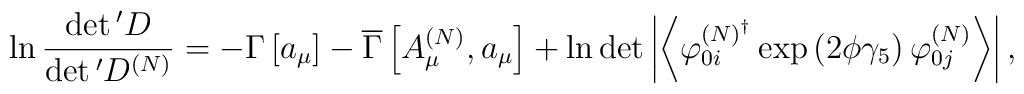
\ln \frac{\det {}^{\prime }D}{\det {}^{\prime }D^{\left(N\right) }}=-\Gamma \left[ a_\mu \right] -\overline{\Gamma }\left[ A_\mu^{\left( N\right) },a_\mu \right] +\ln \det \left| \left\langle \varphi_{0i}^{\left( N\right) ^{\dagger }}\exp \left( 2\phi \gamma _5\right)\varphi _{0j}^{\left( N\right) }\right\rangle \right| ,